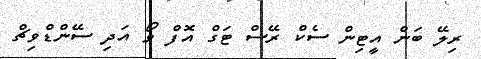
ރިލޭ ބަން އީޓިން ސެކް ރޭސް ޓަގް އޮފް ވޯ އަދި ސޭންޑްވިޗް